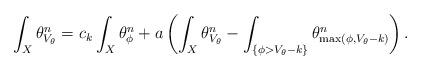
LaTeX: \begin{align*}\int_X\theta_{V_{\theta}}^n = c_k \int_X \theta_{\phi}^n + a\left (\int_X\theta_{V_\theta}^n-\int_{\{\phi>V_{\theta}-k\}} \theta_{\max(\phi,V_{\theta}-k)}^n \right ). \end{align*}